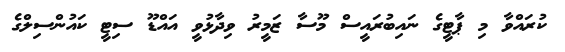
ކުރައްވާ މި ޕާޓީގެ ނައިބުރައީސް މޫސާ ޒަމީރު ވިދާޅުވީ އައްޑޫ ސިޓީ ކައުންސިލްގެ